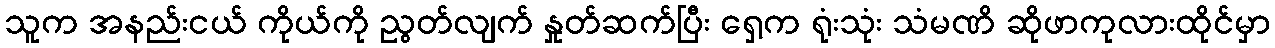
သူက အနည်းငယ် ကိုယ်ကို ညွတ်လျက် နှုတ်ဆက်ပြီး ရှေ့က ရုံးသုံး သံမဏိ ဆိုဖာကုလားထိုင်မှာ